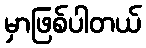
မှာဖြစ်ပါတယ်